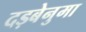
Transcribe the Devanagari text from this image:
दड़बेनुमा